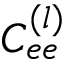
C _ { e e } ^ { ( l ) }